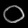
Digit: ၀